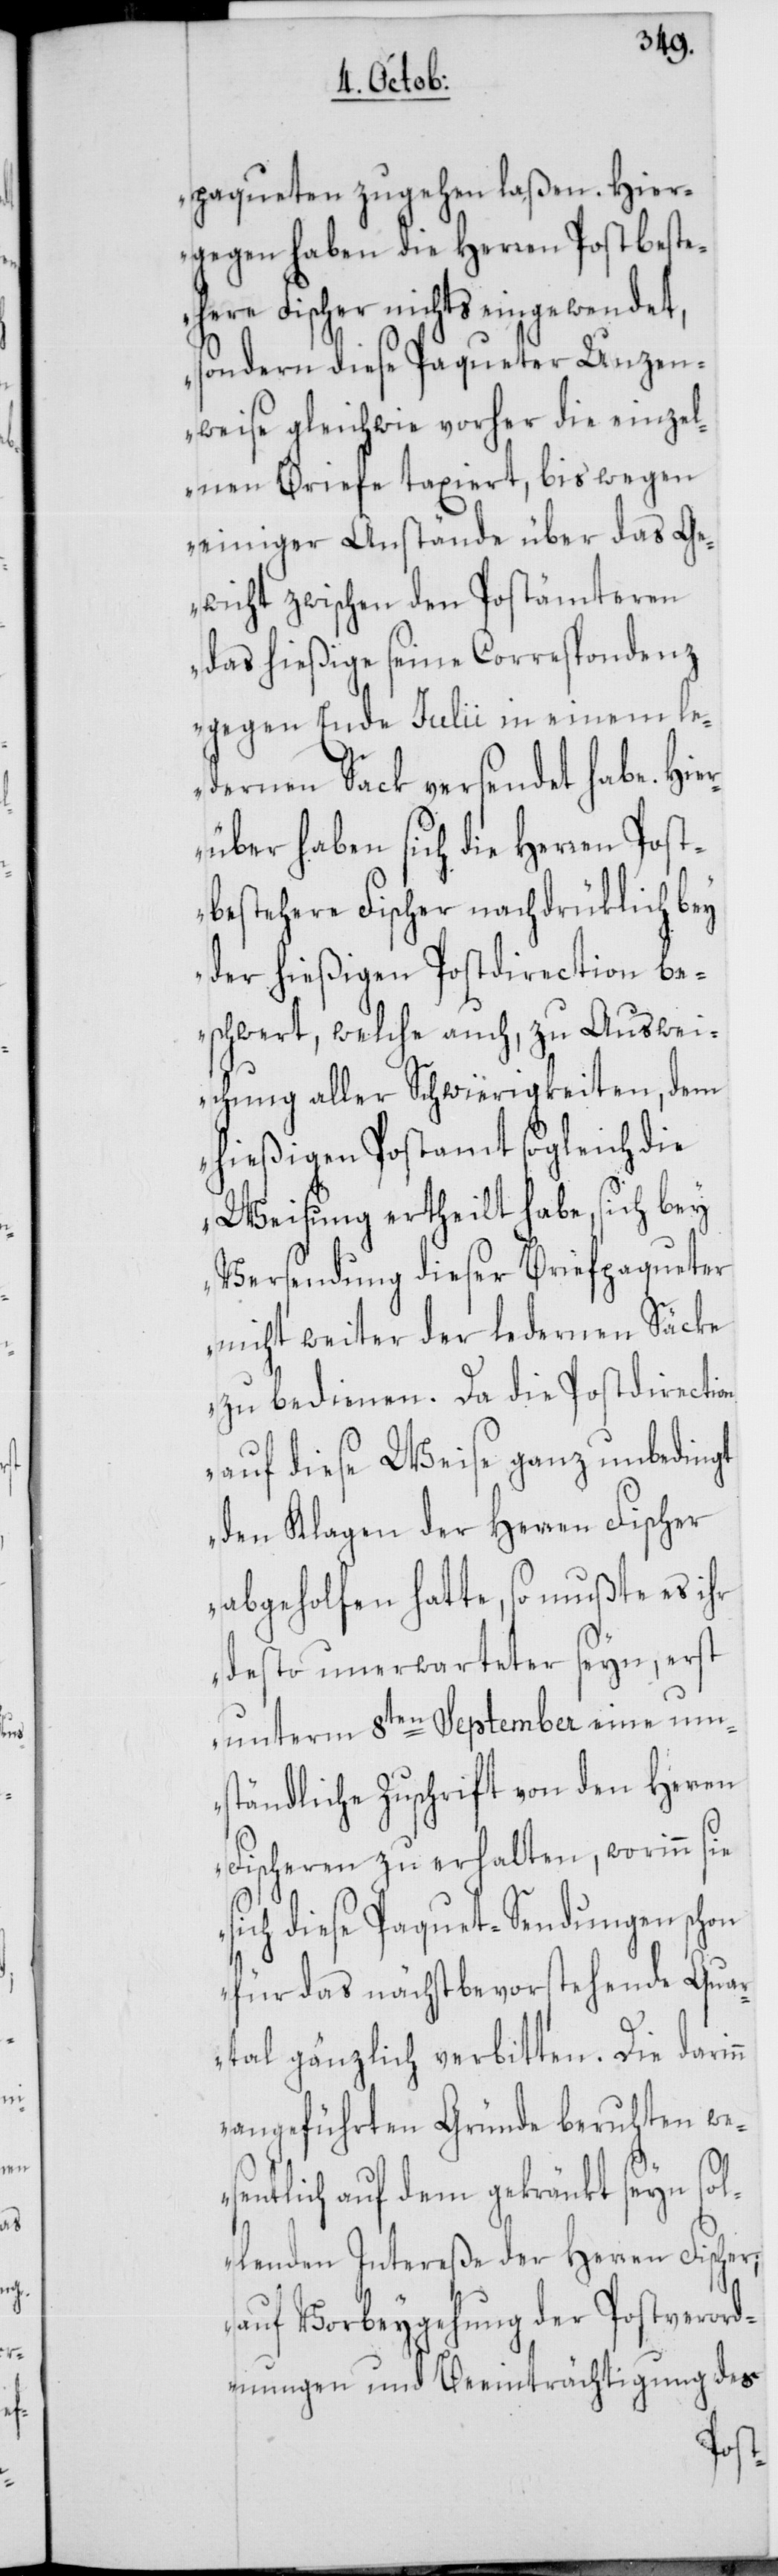
paqueten zugehen laßen. Hier¬
gegen haben die Herren Postbeste¬
here Fischer nichts eingewendet,
sondern diese Paqueter Unzen¬
weise gleichwie vorher die einzel¬
nen Briefe taxiert, bis wegen
einiger Anstände über das Ge¬
wicht zwischen den Postämteren
das hießige seine Correspondenz
gegen Ende Julii in einem le¬
dernen Sack versendet habe. Hier¬
über haben sich die Herren Post¬
bestehere Fischer nachdrüklich bey
der hießigen Postdirection be¬
schwert, welche auch, zu Auswei¬
chung aller Schwierigjkeiten, dem
hießigen Postamt sogleich die
Weisung ertheilt habe, sich bey
Versendung dieser Briefpaqueter
nicht weiter der ledernen Säcke
zu bedienen. Da die Postdirection
auf diese Weise ganz unbedingt
den Klagen der Herren Fischer
abgeholfen hatte, so mußte es ihr
desto unerwarteter seyn, erst
unterm 8ten September eine um¬
ständliche Zuschrift von den Herren
Fischeren zu erhalten, worinn sie
sich diese Paquet-Sendungen schon
für das nächst bevorstehende Qua¬
rtal gänzlich verbitten. Die dari¬
angeführten Gründe beruhten we¬
sentlich auf dem gekränkt seyn sol¬
lenden Intereße der Herren Fischer;
auf Vorbeygehung der Postveror¬
dnungen und Beeinträchtigung des
nn